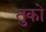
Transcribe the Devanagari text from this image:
तुको